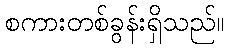
စကားတစ်ခွန်းရှိသည်။